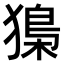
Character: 𤡔